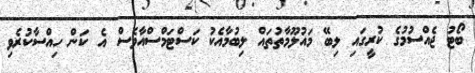
ބޯޓު ޖެއްސުމުގެ ކުރީގައި ލިބޭ މައުލޫމާތުތައް ލިބުމާއެކު ކަސްޓަމްސްއާވެސް އެ ކަން ހިއްސާކުރެވި